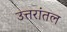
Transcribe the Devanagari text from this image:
उत्तरांतल